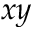
x y